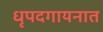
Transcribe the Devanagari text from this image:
धृपदगायनात